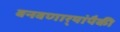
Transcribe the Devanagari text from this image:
बनवणार्‍यांपैकी